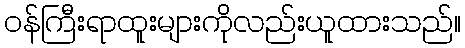
ဝန်ကြီးရာထူးများကိုလည်းယူထားသည်။